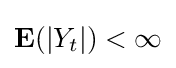
\mathbf {E} (\vert Y_{t}\vert )<\infty